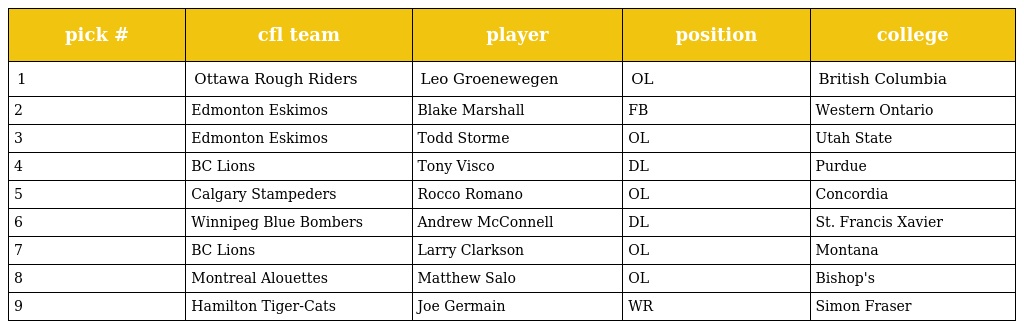
| pick # | cfl team | player | position | college |
 | --- | --- | --- | --- | --- |
 | 1 | Ottawa Rough Riders | Leo Groenewegen | OL | British Columbia |
 | 2 | Edmonton Eskimos | Blake Marshall | FB | Western Ontario |
 | 3 | Edmonton Eskimos | Todd Storme | OL | Utah State |
 | 4 | BC Lions | Tony Visco | DL | Purdue |
 | 5 | Calgary Stampeders | Rocco Romano | OL | Concordia |
 | 6 | Winnipeg Blue Bombers | Andrew McConnell | DL | St. Francis Xavier |
 | 7 | BC Lions | Larry Clarkson | OL | Montana |
 | 8 | Montreal Alouettes | Matthew Salo | OL | Bishop's |
 | 9 | Hamilton Tiger-Cats | Joe Germain | WR | Simon Fraser |